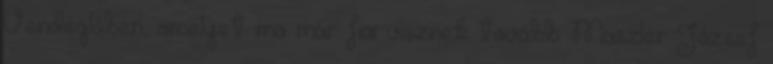
Vendéglôben, amelyet ma már fiai visznek tovább. Maszler József